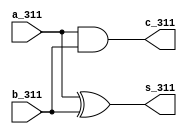
`timescale 1ns / 1ps
//////////////////////////////////////////////////////////////////////////////////
// Company: 
// Engineer: 
// 
// Design Name: 
// Module Name:    ha_311 
// Project Name: 
// Target Devices: 
// Tool versions: 
// Description: 
//
// Dependencies: 
//
// Revision: 
// Revision 0.01 - File Created
// Additional Comments: 
//
//////////////////////////////////////////////////////////////////////////////////
module ha_311(
    input a_311,
    input b_311,
    output s_311,
    output c_311
    );
    assign s_311= a_311 ^ b_311;
    assign c_311= a_311 & b_311;

endmodule